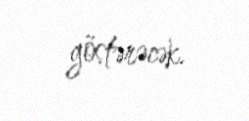
göstərəcək.